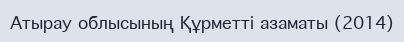
Атырау облысының Құрметті азаматы (2014)